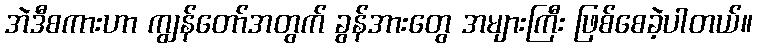
အဲဒီစကားဟာ ကျွန်တော်အတွက် ခွန်အားတွေ အများကြီး ဖြစ်စေခဲ့ပါတယ်။